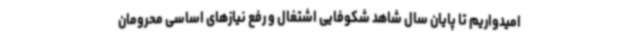
امیدواریم تا پایان سال شاهد شکوفایی اشتغال و رفع نیازهای اساسی محرومان